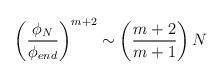
LaTeX: \begin{align*}\left(\frac{\phi_N}{\phi_{end}}\right)^{m+2} \sim \left(\frac{m+2}{m+1} \right) N\end{align*}